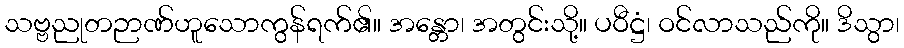
သဗ္ဗညုတဉာဏ်ဟူသောကွန်ရက်၏။ အန္တော၊ အတွင်းသို့။ ပဝီဋ္ဌံ၊ ဝင်လာသည်ကို။ ဒိသွာ၊